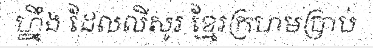
ហ្នឹង ដែលលីសូរ ខ្មែរក្រហមប្រាប់